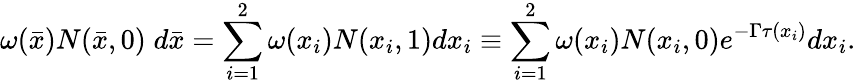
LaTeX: \omega(\bar{x})N(\bar{x},0)\; d\bar{x}=\sum_{i=1}^{2}\omega(x_{i})N(x_{i},1)dx_{i}\equiv\sum_{i=1}^{2}\omega(x_{i})N(x_{i},0)e^{-\Gamma\tau(x_{i})}dx_{i}.